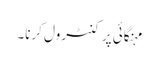
مہنگائی پر کنٹرول کرنا۔